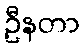
ဦနတာ